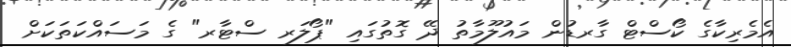
އެމެރިކާގެ ކޯސްޓް ގާރޑުން މައުލޫމާތު ދޭ ގޮތުގައި "ޕޯލަރ ސްޓާރ" ގެ މަސައްކަތަކަށް